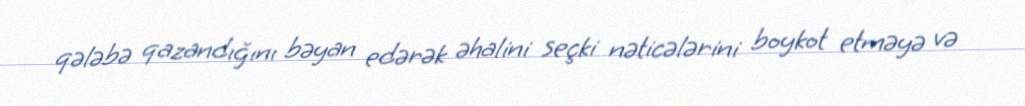
qələbə qazandığını bəyan edərək əhalini seçki nəticələrini boykot etməyə və